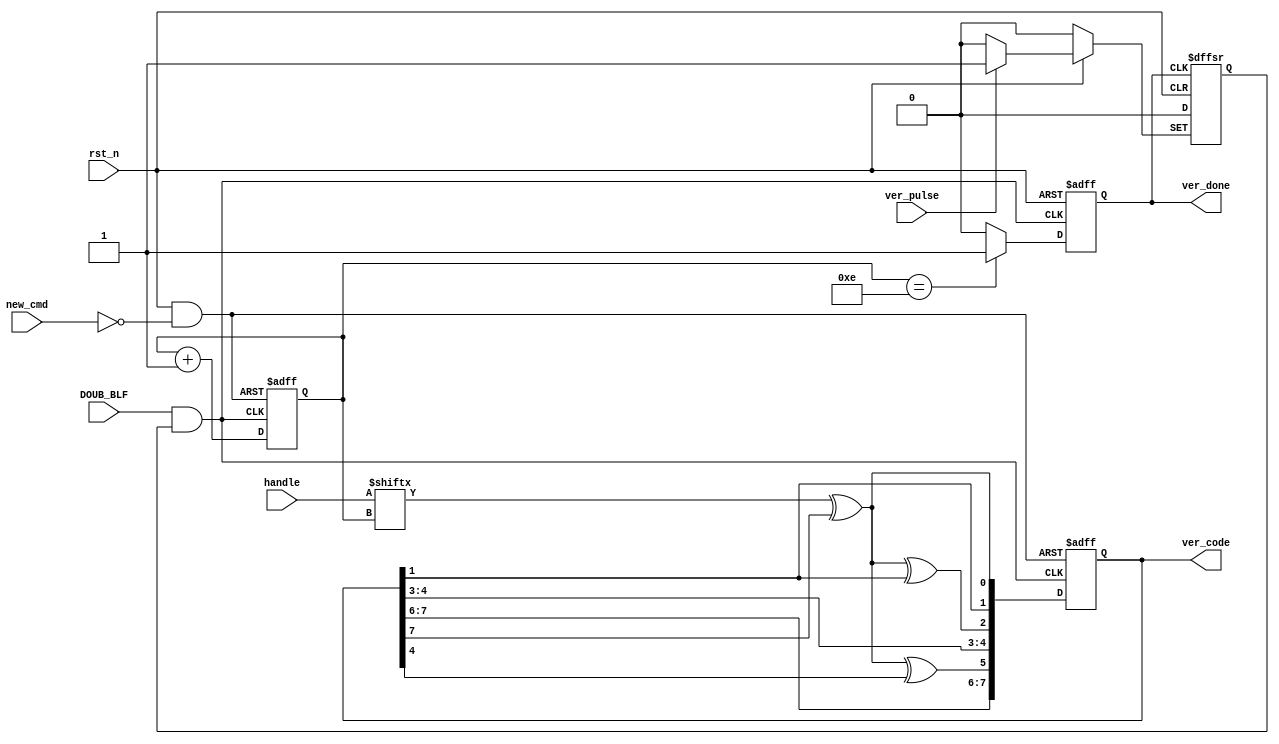
// ************************************************************** 
// COPYRIGHT, Xi'an XDU Radio-frequency IC Co.,Ltd 
// All rights reserved. 
// 
// IP LIB INDEX : IP lib index just sa UTOPIA_B 
// IP Name      : OPTIM
//
// Module name  : DECODER
// Full name    : PIE Decoder Unit 
// 
// Email        :  
// Data         : 2013/04/28
// Version      : V1.0 
// 
// Abstract     : 
// Called by    : OPTIM
// 
// Modification history 
// ---------------------------------------- 
//
// $Log$ 
// 
// ************************************************************** 

`timescale 1ns/1ns
`define UDLY #5

module VERIFY(
                //inputs
                DOUB_BLF,
                rst_n,
                new_cmd,
                ver_pulse,
                handle,
                
                //outputs
                ver_code,
                ver_done
            );

    //inputs
    input              DOUB_BLF;
    input              rst_n;
    input              new_cmd;
    input              ver_pulse;
    input    [15:0]    handle;
                
    //outputs
    output   [7:0]     ver_code;
    output             ver_done;
    
    //regs
    reg      [7:0]     ver_code;
    reg                ver_done;
    ////////
    reg                ver_en;
    reg      [3:0]     ver_cnt;
    
    //wires
    wire               ver_rst;
    wire               ver_clk;
    wire               ver_bit;
    wire               ver_xor0;
    wire               ver_xor1;
    wire               ver_xor2;
    
    assign ver_rst=rst_n&~new_cmd;
    
    always @(posedge ver_pulse or negedge ver_done or negedge rst_n)
    begin
        if(!rst_n)
            ver_en<=`UDLY 1'b0;
        else if(ver_pulse)
            ver_en<=`UDLY 1'b1;
        else
            ver_en<=`UDLY 1'b0;
    end
    
    assign ver_clk=DOUB_BLF&ver_en;
    
    always @(posedge ver_clk or negedge ver_rst)
    begin
        if(!ver_rst)
            ver_cnt<=`UDLY 4'd15;
        else
            ver_cnt<=`UDLY ver_cnt+1'b1;
    end
    
    always @(negedge ver_clk or negedge rst_n)
    begin
        if(!rst_n)
            ver_done<=`UDLY 1'b0;
        else if(ver_cnt==4'd14)
            ver_done<=`UDLY 1'b1;
        else
            ver_done<=`UDLY 1'b0;
    end
    
    assign ver_bit=handle[ver_cnt];
    
    assign ver_xor0=ver_bit^ver_code[7];
    assign ver_xor1=ver_xor0^ver_code[1];
    assign ver_xor2=ver_xor0^ver_code[4];
    
    always @(negedge ver_clk or negedge ver_rst)
    begin
        if(!ver_rst)
            ver_code<=`UDLY 8'hff;
        else
            ver_code<=`UDLY {ver_code[7],ver_code[6],ver_xor2,ver_code[4],ver_code[3],ver_xor1,ver_code[1],ver_xor0};
    end
            
endmodule